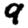
Digit: 9